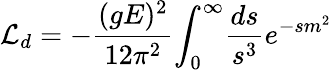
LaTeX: {\cal L}_{d}=-{\frac{(gE)^{2}}{12\pi^{2}}}{\int_{0}}^{\infty}{\frac{ds}{s^{3}}e^{-sm^{2}}}